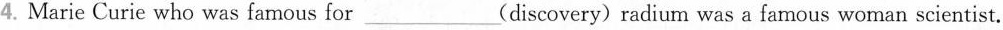
4.Marie Curie who was famous for___(discovery) radium was a famous woman scientist.